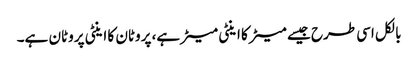
بالکل اسی طرح جیسے میٹر کا اینٹی میٹر ہے، پروٹان کا اینٹی پروٹان ہے۔